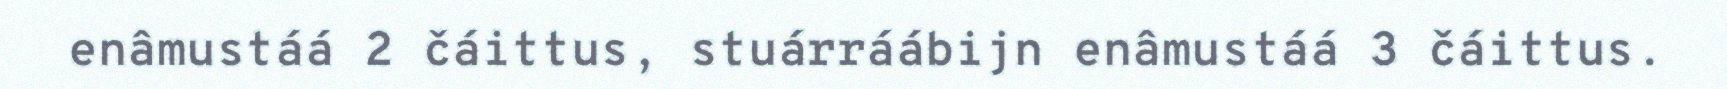
enâmustáá 2 čáittus, stuárráábijn enâmustáá 3 čáittus.